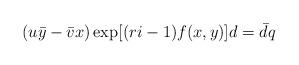
LaTeX: \begin{align*}(u \bar{y} - \bar{v} x) \exp [(r i -1) f(x,y)] d = \bar{d} q \end{align*}